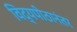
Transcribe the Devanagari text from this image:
विद्यपीठानंतर